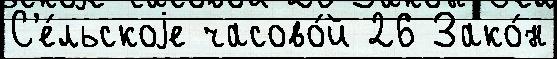
С'е́льскоjе часово́й 26 Зако́н